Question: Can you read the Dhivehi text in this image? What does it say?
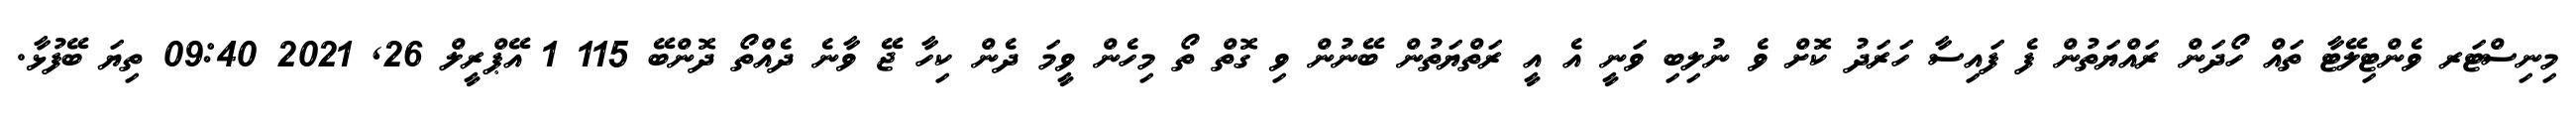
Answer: މިނިސްޓަރ ވެންޓިލޭޓާ ތައް ހޯދަން ރައްޔަތުން ފެ ފައިސާ ހަރަދު ކޮށް ވެ ނުލިބި ވަނީ އެ އީ ރަތްޔަތުން ބޭނުން ވި ގޮތް ތޯ މިހެން ވީމަ ދެން ކިހާ ޖޭ ވާނެ ދެއްތޯ ދޮންބޭ 115 1 އޭޕްރީލް 26, 2021 09:40 ތިޔަ ބޭފުޅާ.